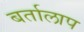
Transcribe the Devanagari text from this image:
बर्तालाप